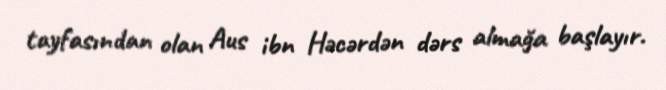
tayfasından olan Aus ibn Həcərdən dərs almağa başlayır.